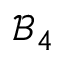
\mathcal { B } _ { 4 }